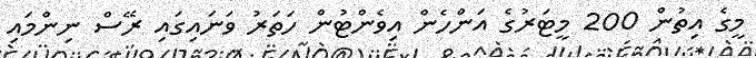
މީގެ އިތުން 200 މީޓަރުގެ އަންހެން އިވެންޓުން ހަތަރު ވަނައިގައި ރޭސް ނިންމައި